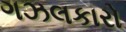
ગઝલકારો